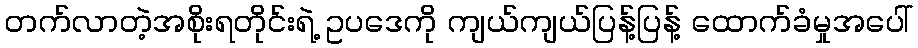
တက်လာတဲ့အစိုးရတိုင်းရဲ့ ဥပဒေကို ကျယ်ကျယ်ပြန့်ပြန့် ထောက်ခံမှုအပေါ်